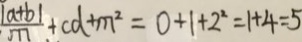
\frac { \vert a + b \vert } { m } + c d + m ^ { 2 } = 0 + 1 + 2 ^ { 2 } = 1 + 4 = 5